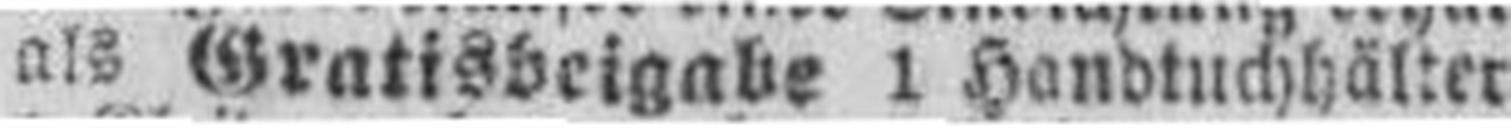
als Gratisbeigabe 1 Handtuchhälter,